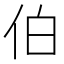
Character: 伯